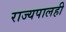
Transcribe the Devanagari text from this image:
राज्यपालही